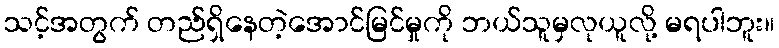
သင့်အတွက် တည်ရှိနေတဲ့အောင်မြင်မှုကို ဘယ်သူမှလုယူလို့ မရပါဘူး။